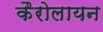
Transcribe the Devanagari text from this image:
कैरोलायन